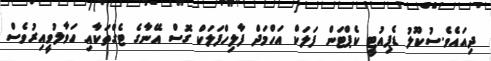
ދިއައެވެ.ސުކޫލު ޑެޕިއުޓީ ކެޕްޓަން ފަލަކް އަހްމަދް ފާލިހްފަލަކް ގޮސް އޭނާގެ ޓެގްތަކާއި ހަވާލުވީއިރުވެސް